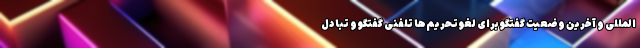
‌المللی و آخرین وضعیت گفتگو برای لغو تحریم‌ها تلفنی گفتگو و تبادل